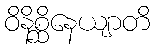
ဝိနိစ္ဆိနေယျာတိ